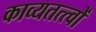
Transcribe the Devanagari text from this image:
काव्यतत्त्वों